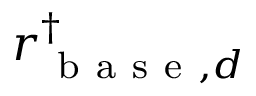
r _ { \mathrm { ~ b ~ a ~ s ~ e ~ } , d } ^ { \dagger }